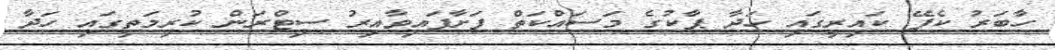
ހާބަރު ކެފޭ ކައިރީގައި ހަދާ ޕާކުގެ މަސައްކަތް ފަށާފައިވާއިރު ސިޓްރަން ކުރިމަތީގައި ހަދާ